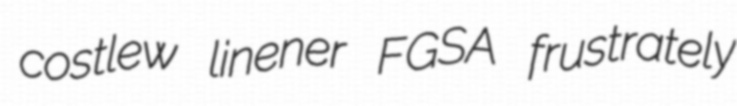
costlew linener FGSA frustrately